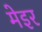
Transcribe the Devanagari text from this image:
मेइर